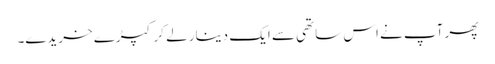
پھر آپ نے اس ساتھی سے ایک دینار لے کر کپڑے خریدے۔